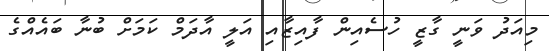
މިއަދު ވަނީ ގާޒީ ހުސެއިން ފާއިޒާއި އަލީ އާދަމް ކަމަށް ބުނާ ބައެއްގެ